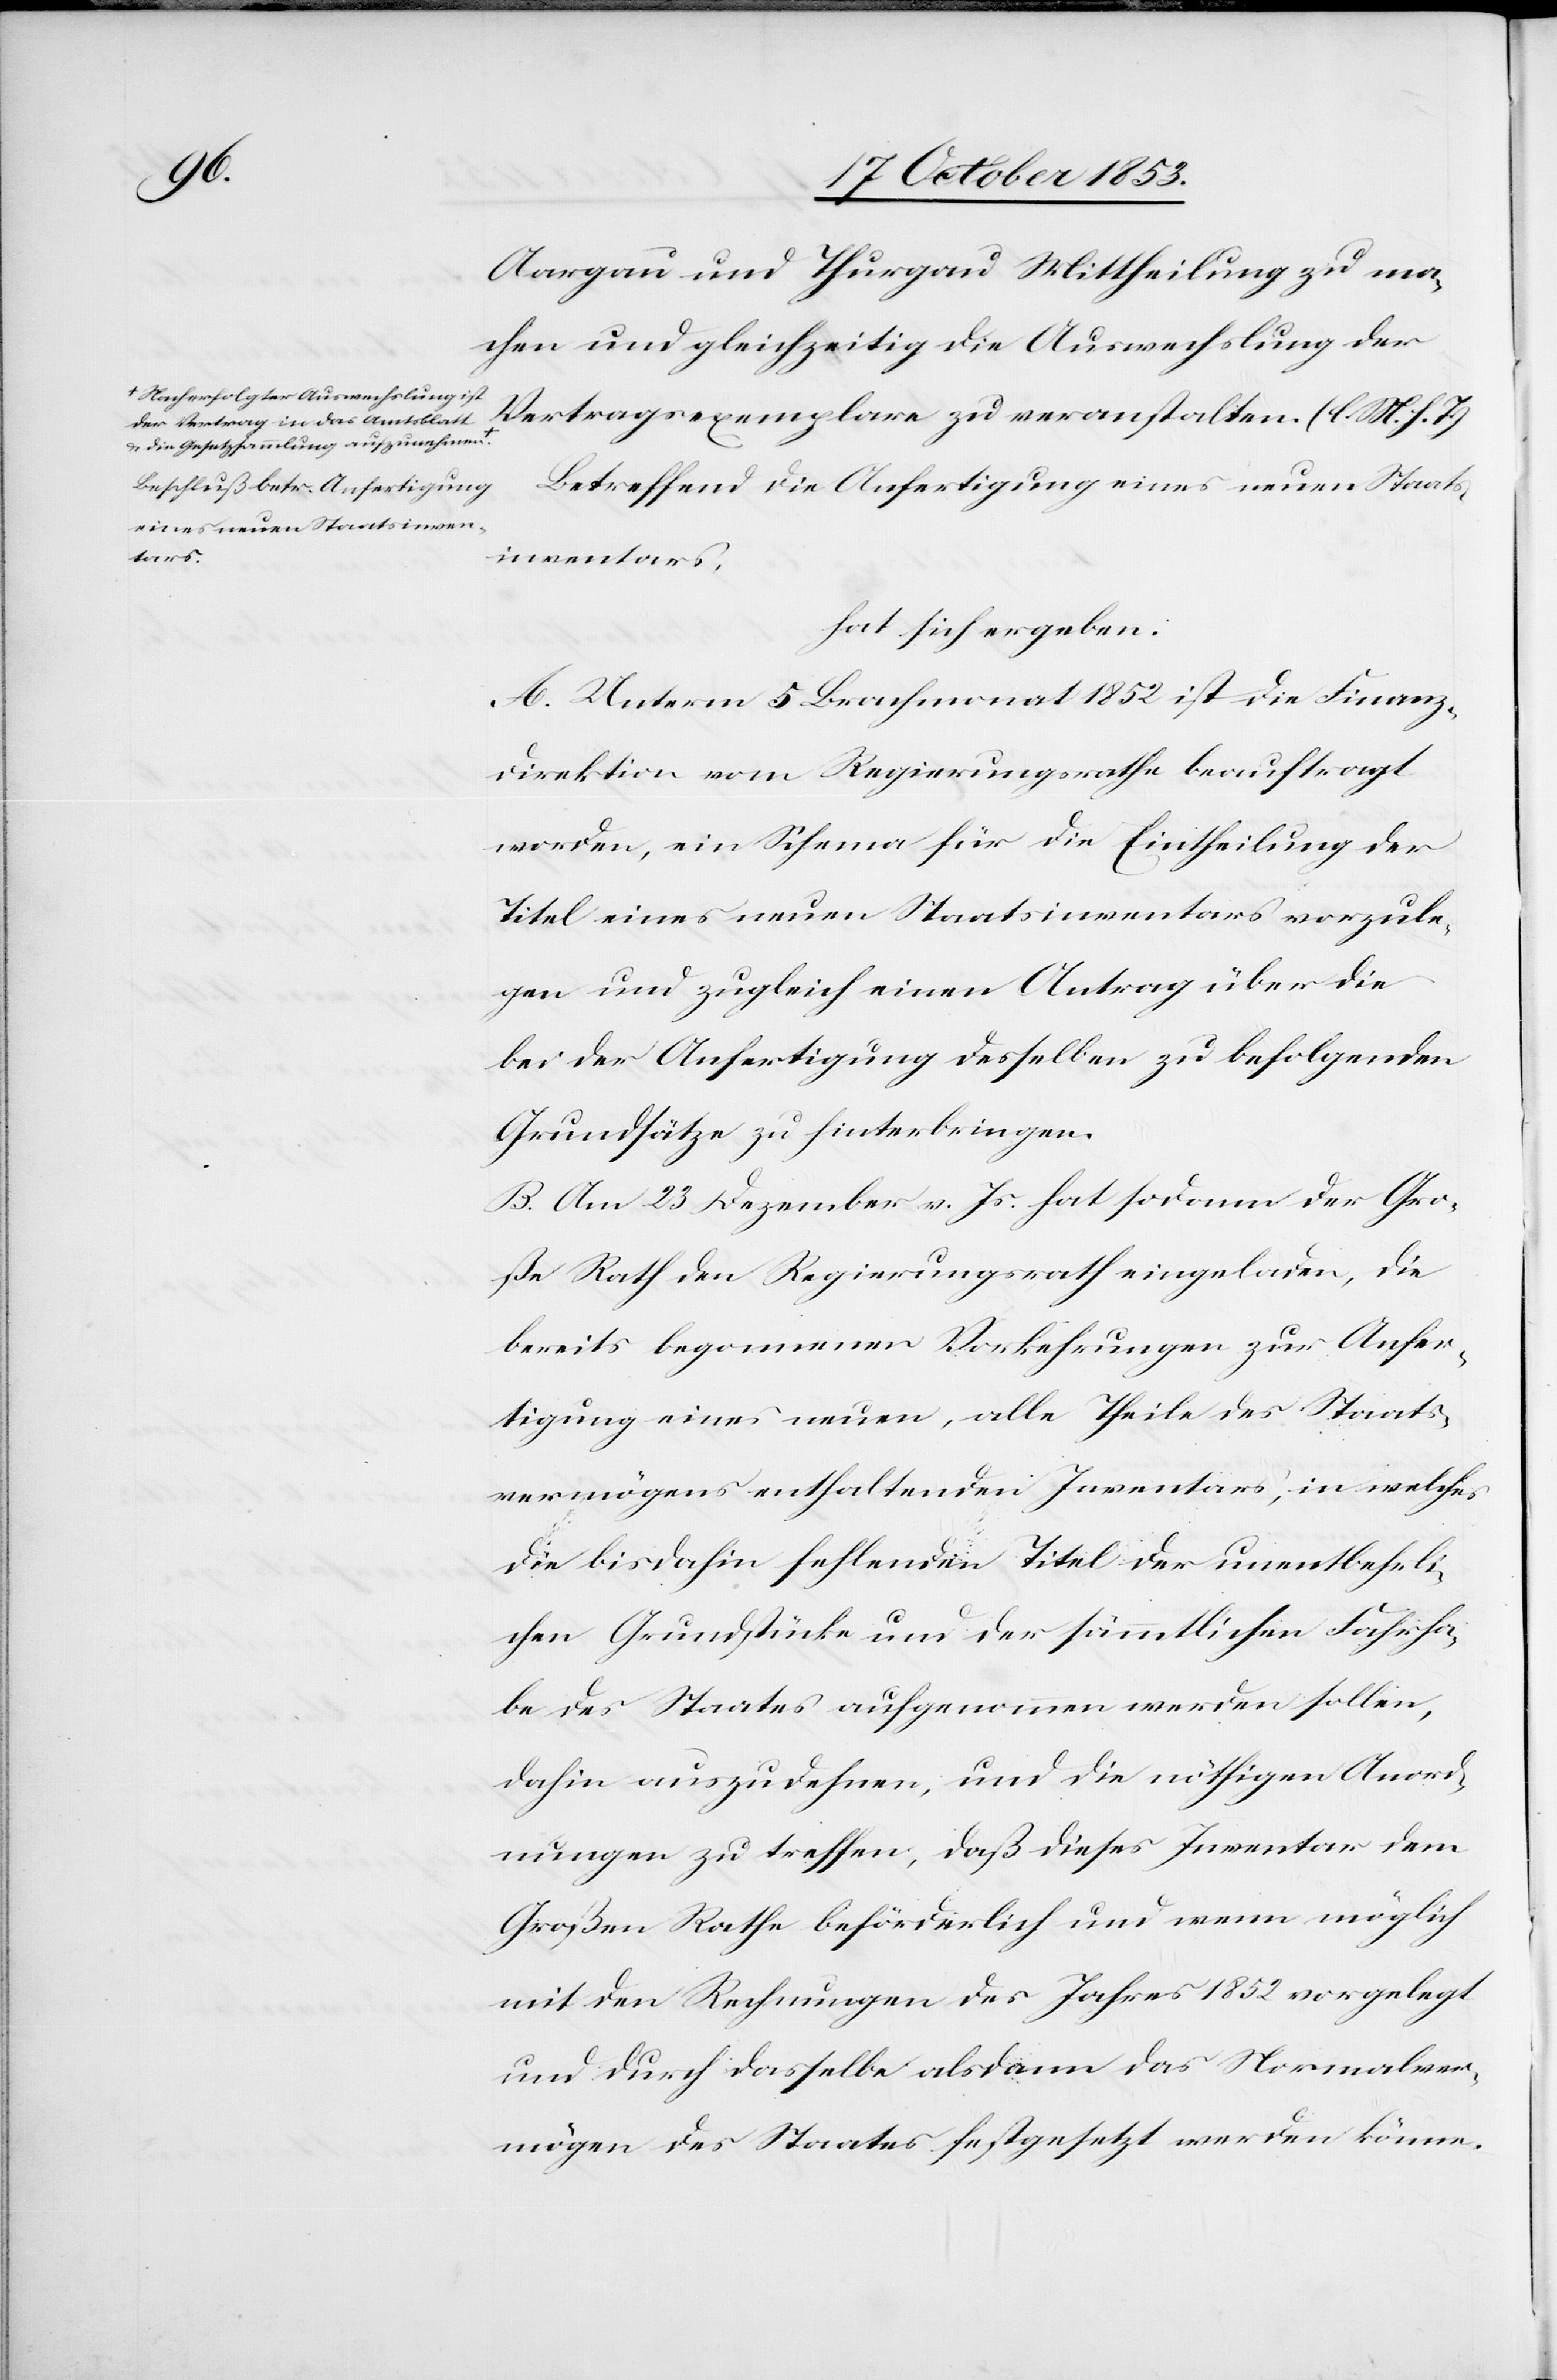
Nach erfolgter Auswechslung ist
der Vertrag in das Amtsblatt
u. die Gesetzessammlung aufzunehmen.

Aargau und Thurgau Mittheilung zu ma¬
chen und gleichzeitig die Auswechslung der
Vertragsexemplare zu veranstalten. [l. M. h. T]
Betreffend die Anfertigung eines neuen Staats¬
inventars.
hat sich ergeben:
A. Unterm 5 Brachmonat 1852 ist die Finanz¬
direktion vom Regierungsrathe beauftragt
worden, ein Schema für die Eintheilung der
Titel eines neuen Staatsinventars vorzule¬
gen und zugleich einen Antrag über die
bei der Anfertigung desselben zu befolgenden
Grundsätze zu hinterbringen.
B. Am 23 Dezember v. Js. hat sodann der Gro¬
ße Rath den Regierungsrath eingeladen, die
bereits bezogenen Vorkehrungen zur Anfer¬
tigung eines neuen, alle Theile des Staats¬
vermögens enthaltenden Inventars, in welches
die bisdahin fehlenden Titel der unentgeldli¬
chen Grundstücke und der sämmtlichen Fahrha¬
be des Staates aufgenommen werden sollen,
dahin auszudehnen, und die nöthigen Anord¬
nungen zu treffen, daß dieses Inventar dem
Großen Rathe beförderlich und wenn möglich
mit den Rechnungen des Jahres 1852 vorgelegt
und durch dasselbe alsdann das Normalver¬
mögen des Staates festgesetzt werden könne.